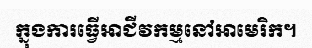
ក្នុងការធ្វើអាជីវកម្មនៅអាមេរិក។